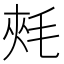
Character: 𣭶